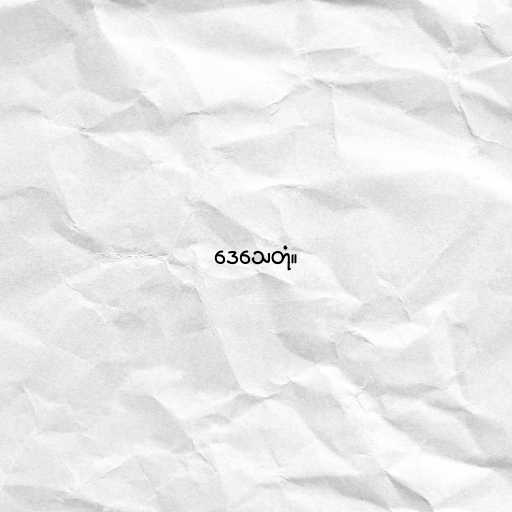
ဒေသေတုံ။